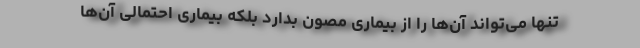
تنها می‌تواند آن‌ها را از بیماری مصون بدارد بلکه بیماری احتمالی آن‌ها